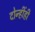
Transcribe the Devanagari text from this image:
दोन्हींही